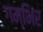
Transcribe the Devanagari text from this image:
गम्भिर